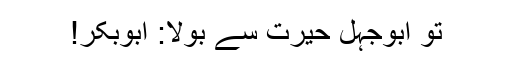
تو ابوجہل حیرت سے بولا: ابُوبکر!